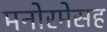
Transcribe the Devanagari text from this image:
मनोरमेसह